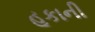
હૂકાની